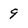
Character: 9